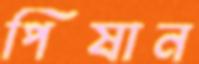
পিষান